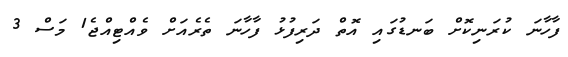
ފާހާނަ ކުރަނިކޮށް ބަނޑުގައި އޮތް ދަރިފުޅު ފާހާނަ ތެރެއަށް ވެއްޓިއްޖެ1 މަސް 3